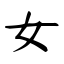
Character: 女